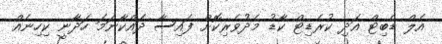
އެލް ޑެބިޓް އަދި ކުރެޑިޓް ކާޑު މެދުވެރިކޮށް ފައިސާ ދައްކާނަމަ ހަދާނީ ކިހިނެއް